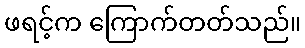
ဖရင့်က ကြောက်တတ်သည်။